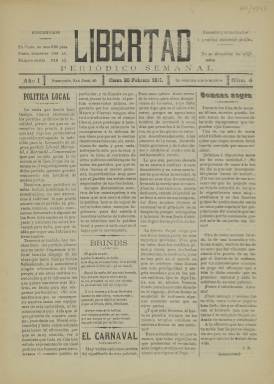
Título: Libertad (Cieza)
Colección: Periódicos
Ámbito geográfico: Murcia
Lugar de publicación: Cieza [Murcia]
Fechas: 26/02/1911-26/02/1911